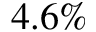
4 . 6 \%